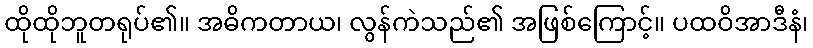
ထိုထိုဘူတရုပ်၏။ အဓိကတာယ၊ လွန်ကဲသည်၏ အဖြစ်ကြောင့်။ ပထဝိအာဒီနံ၊